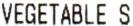
VEGETABLE S